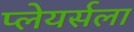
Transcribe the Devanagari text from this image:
प्लेयर्सला